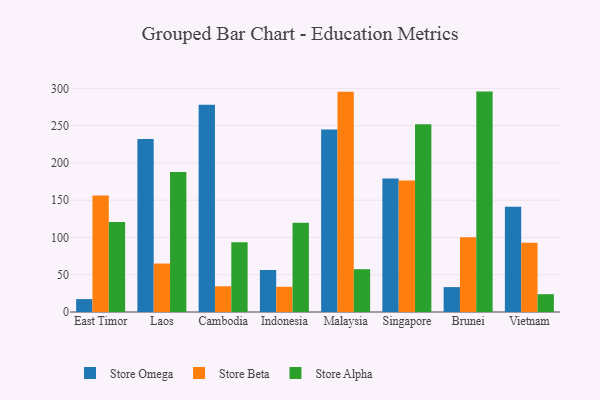
{"axis": {"x": "Country", "y": "Operating Costs (USD K)"}, "legend": ["Store Alpha", "Store Beta", "Store Omega"], "data": [{"x": "East Timor", "y": 17.3, "type": "Store Omega"}, {"x": "East Timor", "y": 156.4, "type": "Store Beta"}, {"x": "East Timor", "y": 120.6, "type": "Store Alpha"}, {"x": "Laos", "y": 232.1, "type": "Store Omega"}, {"x": "Laos", "y": 65.0, "type": "Store Beta"}, {"x": "Laos", "y": 187.7, "type": "Store Alpha"}, {"x": "Cambodia", "y": 277.9, "type": "Store Omega"}, {"x": "Cambodia", "y": 34.5, "type": "Store Beta"}, {"x": "Cambodia", "y": 93.6, "type": "Store Alpha"}, {"x": "Indonesia", "y": 56.3, "type": "Store Omega"}, {"x": "Indonesia", "y": 33.8, "type": "Store Beta"}, {"x": "Indonesia", "y": 119.6, "type": "Store Alpha"}, {"x": "Malaysia", "y": 244.9, "type": "Store Omega"}, {"x": "Malaysia", "y": 295.4, "type": "Store Beta"}, {"x": "Malaysia", "y": 57.4, "type": "Store Alpha"}, {"x": "Singapore", "y": 178.9, "type": "Store Omega"}, {"x": "Singapore", "y": 176.5, "type": "Store Beta"}, {"x": "Singapore", "y": 251.9, "type": "Store Alpha"}, {"x": "Brunei", "y": 33.4, "type": "Store Omega"}, {"x": "Brunei", "y": 100.3, "type": "Store Beta"}, {"x": "Brunei", "y": 295.6, "type": "Store Alpha"}, {"x": "Vietnam", "y": 141.0, "type": "Store Omega"}, {"x": "Vietnam", "y": 92.9, "type": "Store Beta"}, {"x": "Vietnam", "y": 23.9, "type": "Store Alpha"}]}